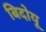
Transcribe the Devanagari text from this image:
बिदोयू